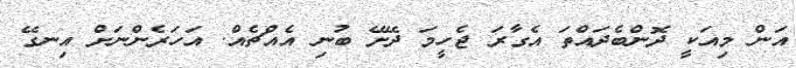
އަން މިއަކީ ދޮންބެދައްތަ އެގާރަ ޖެހީމަ ދޭށޭ ބުނި އެއްޗެއް. އަހަރެންނަށް އިނގޭ